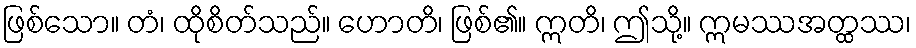
ဖြစ်သော။ တံ၊ ထိုစိတ်သည်။ ဟောတိ၊ ဖြစ်၏။ ဣတိ၊ ဤသို့။ ဣမဿအတ္ထဿ၊